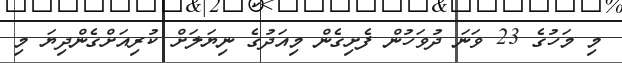
މި މަހުގެ 23 ވަނަ ދުވަހުން ފެށިގެން މިއަދުގެ ނިޔަލަށް ކުރިއަށްގެންދިޔަ މި